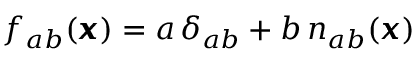
f _ { a b } ( { \pmb x } ) = a \, \delta _ { a b } + b \, n _ { a b } ( \pmb x )